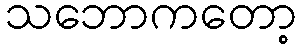
သဘောကတော့